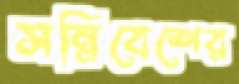
সন্নিবেশের